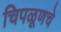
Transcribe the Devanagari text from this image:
चिपळूणचे